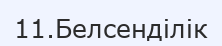
11.Белсенділік